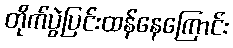
တိုက်ပွဲပြင်းထန်နေကြောင်း